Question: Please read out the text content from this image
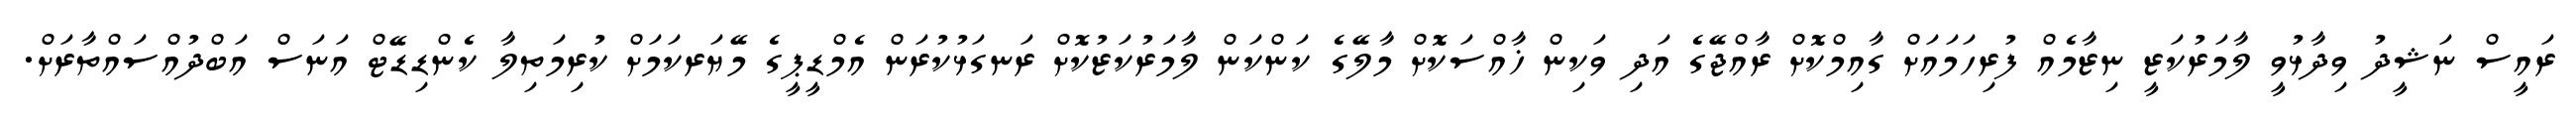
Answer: ރައީސް ނަޝީދު ވިދާޅުވީ ލާމަރުކަޒީ ނިޒާމެއް ފުރިހަމައަށް ގާއިމްކޮށް ރާއްޖޭގެ އަދި ވަކިން ޚާއްސަކޮށް މާލޭގެ ކަންކަން ލާމަރުކަޒުކޮށް ރަނގަޅުކުރަން އެމްޑީޕީގެ މޭޔަރކަމަށް ކުރިމަތިލާ ކެންޑިޑޭޓް އަނަސް އަބްދުއްސައްތާރަށް.